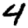
Digit: 4